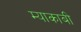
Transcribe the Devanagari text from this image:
म्याकाबी